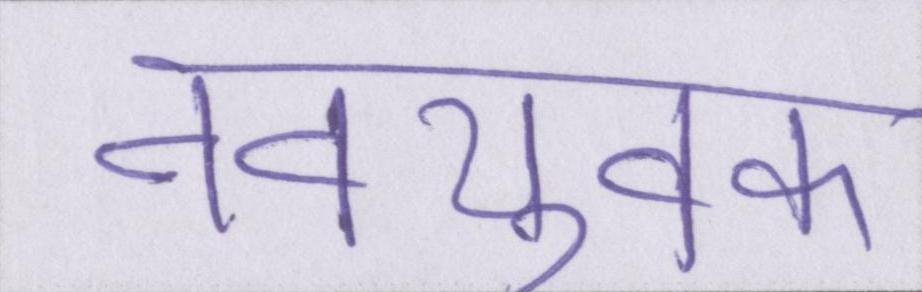
नवयुवक